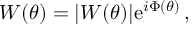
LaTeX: W ( \theta ) = | W ( \theta ) | \mathrm { e } ^ { i \Phi ( \theta ) } \, ,